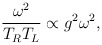
\begin{align*}{\omega^2\over T_R T_L} \propto g^2\omega^2,\end{align*}